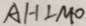
A H \bot M O